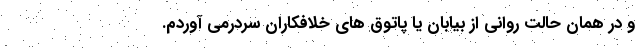
و در همان حالت روانی از بیابان یا پاتوق های خلافکاران سردرمی آوردم.